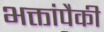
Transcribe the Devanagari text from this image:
भक्तांपैकी